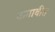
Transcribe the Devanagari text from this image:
कमावीत